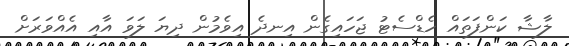
ލާޝާ ކަންފަތައް ހެޑްސެޓު ޖަހައިގެން އިނދެ އިވެމުން ދިޔަ ލަވަ އާއި އެއްވަރަށް